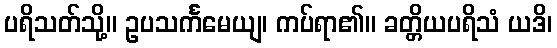
ပရိသတ်သို့။ ဥပသင်္ကမေယျ၊ ကပ်ရာ၏။ ခတ္တိယပရိသံ ယဒိ၊